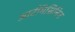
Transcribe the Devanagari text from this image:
आर्टमिसिनिन